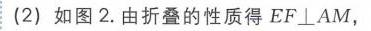
(2) 如图2.由折叠的性质得\(EF\perp AM\)，